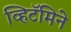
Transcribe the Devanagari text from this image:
व्हिटॅमिने